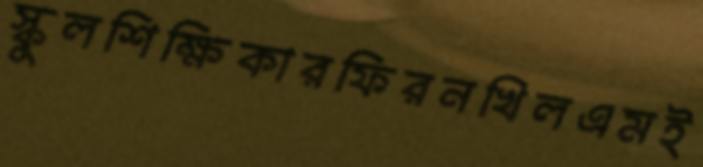
স্কুলশিক্ষিকারফিরনখিলএমই